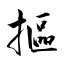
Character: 摳